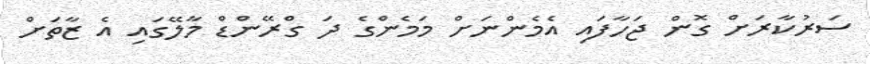
ސަރުކާރަށް ގޮން ޖަހާފައި އެމެންނަށް މަމެންގެ ދަ ގްރޭންޑް މާލޭގައި އެ ޒާތަށް